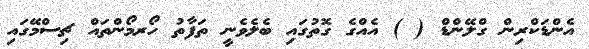
އެންޑަކްރިން ގްލޭންޑް ( ) އެއްގެ ގޮތުގައި ބެލެވެނީ ތަފާތު ހޯރމޯންތައް ޗިސްމޭގައި